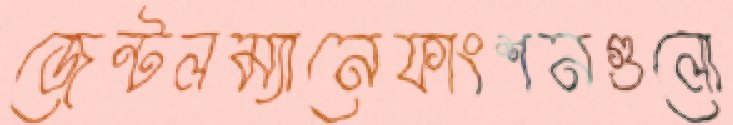
জেন্টলম্যানেফাংশনগুলো